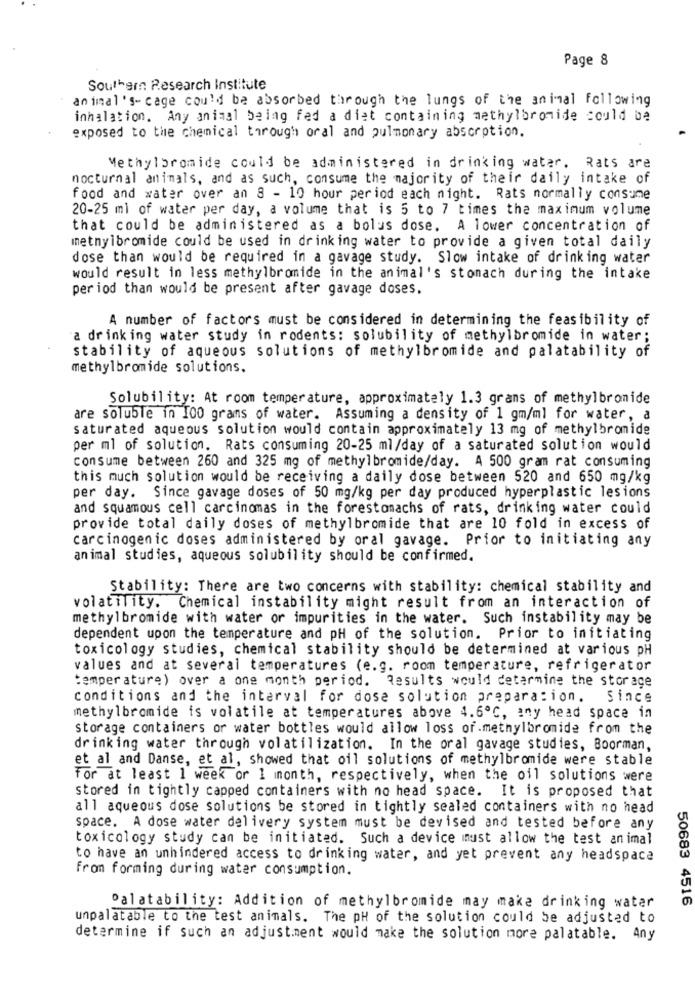
Page 8
Southern Research Institute
animal's- cage could be absorbed through the lungs of the animal following
inhalation. Any animal being fed a diet containing methylbromide could be
exposed to the chemical through oral and pulmonary absorption.
Methylbromide could be administered in drinking water. Rats are
nocturnal animals, and as such, consume the majority of their daily intake of
food and water over an 8 - 10 hour period each night. Rats normally consume
20-25 ml of water per day, a volume that is 5 to 7 times the maximum volume
that could be administered as a bolus dose. A lower concentration of
metnyibromide could be used in drinking water to provide a given total daily
dose than would be required in a gavage study. Slow intake of drinking water
would result in less methylbromide in the animal's stomach during the intake
period than would be present after gavage doses.
A number of factors must be considered in determining the feasibility of
a drinking water study in rodents: solubility of methylbromide in water ;
stability of aqueous solutions of methylbromide and palatability of
methylbromide solutions.
Solubility: At room temperature, approximately 1.3 grams of methylbromide
are soluble in 100 grams of water. Assuming a density of 1 gm/ml for water, a
saturated aqueous solution would contain approximately 13 mg of methylbromide
per ml of solution. Rats consuming 20-25 ml/day of a saturated solution would
consume between 260 and 325 mg of methylbromide/day. A 500 gram rat consuming
this much solution would be receiving a daily dose between 520 and 650 mg/kg
per day. Since gavage doses of 50 mg/kg per day produced hyperplastic lesions
and squamous cell carcinomas in the forestomachs of rats, drinking water could
provide total daily doses of methylbromide that are 10 fold in excess of
carcinogenic doses administered by oral gavage. Prior to initiating any
animal studies, aqueous solubility should be confirmed.
Stability: There are two concerns with stability: chemical stability and
volatility. Chemical instability might result from an interaction of
methylbromide with water or impurities in the water. Such instability may be
dependent upon the temperature and pH of the solution. Prior to initiating
toxicology studies, chemical stability should be determined at various pH
values and at several temperatures (e.g. room temperature, refrigerator
temperature) over a one month period. Results would determine the storage
conditions and the interval for dose solution preparation.
Since
methylbromide is volatile at temperatures above 4.6º℃, any head space in
storage containers or water bottles would allow loss of.methylbromide from the
drinking water through volatilization. In the oral gavage studies, Boorman,
et al and Danse, et al, showed that oil solutions of methylbromide were stable
For at least 1 week or 1 month, respectively, when the oil solutions were
stored in tightly capped containers with no head space. It is proposed that
all aqueous dose solutions be stored in tightly sealed containers with no head
space. A dose water delivery system must be devised and tested before any
toxicology study can be initiated. Such a device must allow the test animal
to have an unhindered access to drinking water, and yet prevent any headspace
from forming during water consumption.
50683 4516
Dalatability: Addition of methylbromide may make drinking water
unpalatable to the test animals. The pH of the solution could be adjusted to
determine if such an adjustment would make the solution more palatable. Any